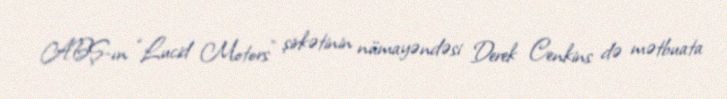
ABŞ-ın “Lucid Motors” şirkətinin nümayəndəsi Derek Cenkins də mətbuata